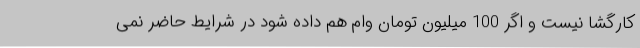
کارگشا نیست و اگر 100 میلیون تومان وام هم داده شود در شرایط حاضر نمی